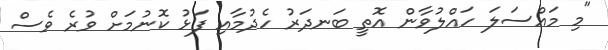
"މި މައްސަލަ ހައްލުވާން އޮތީ ބަނދަރު ހެދުމާއި ފަޅު ކޮނުމަށް ވުރެ ވެސް